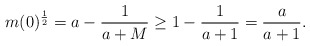
\begin{align*}m(0)^{\frac{1}{2}}&= a - \frac{1}{a + M}\ge 1 - \frac{1}{a + 1}= \frac{a}{a + 1}.\end{align*}